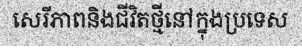
សេរីភាពនិងជីវិតថ្មីនៅក្នុងប្រទេស